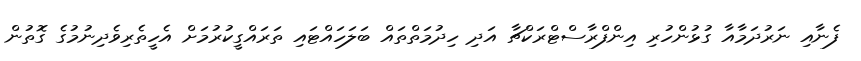
ފެނާއި ނަރުދަމާއާ ގުޅުންހުރި އިންފްރާސްޓްރަކްޗާ އަދި ހިދުމަތްތައް ބަލަހައްޓައި ތަރައްގީކުރުމަށް އެހީތެރިވެދިނުމުގެ ގޮތުން